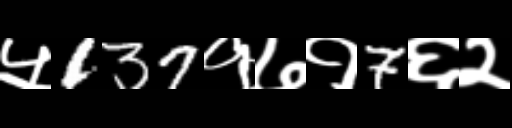
Text: ५137१७१7६२